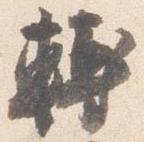
転